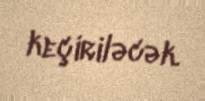
keçiriləcək.